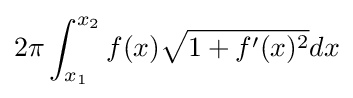
2\pi \int _{x_{1}}^{x_{2}}f(x){\sqrt {1+f'(x)^{2}}}dx